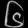
Digit: ၆